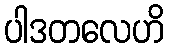
ပါဒတလေဟိ